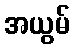
အယွမ်